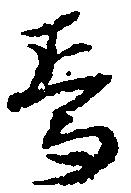
焉